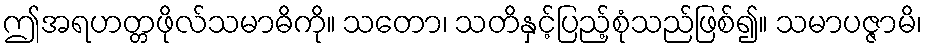
ဤအရဟတ္တဖိုလ်သမာဓိကို။ သတော၊ သတိနှင့်ပြည့်စုံသည်ဖြစ်၍။ သမာပဇ္ဇာမိ၊